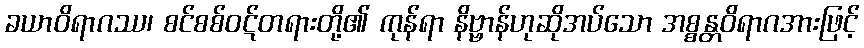
ခယာဝိရာဂဿ၊ စင်စစ်ဝဋ်တရားတို့၏ ကုန်ရာ နိဗ္ဗာန်ဟုဆိုအပ်သော အစ္စန္တဝိရာဂအားဖြင့်